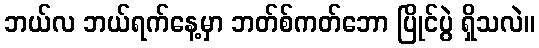
ဘယ်လ ဘယ်ရက်နေ့မှာ ဘတ်စ်ကတ်ဘော ပြိုင်ပွဲ ရှိသလဲ။